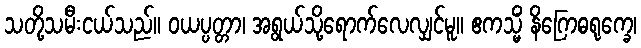
သတို့သမီးငယ်သည်။ ဝယပ္ပတ္တာ၊ အရွယ်သို့ရောက်လေလျှင်မူ။ ဧကသ္မိံ နိဂြောဓရုက္ခေ၊